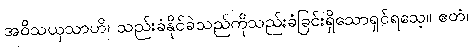
အဝိသယှသာဟိ၊ သည်းခံနိုင်ခဲသည်ကိုသည်းခံခြင်းရှိသောရှင်ရသေ့။ ဧတံ၊